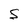
Character: S